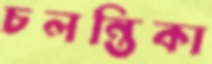
চলন্তিকা